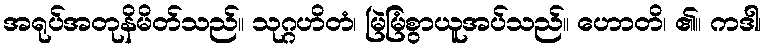
အရုပ်အတုနိမိတ်သည်။ သုဂ္ဂဟိတံ၊ မြဲမြံစွာယူအပ်သည်။ ဟောတိ၊ ၏။ ကဒါ၊